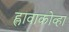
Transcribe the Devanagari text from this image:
ह्लावाकोव्हा